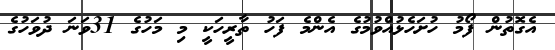
އެގޮތުން ފޯމު ހުށަހެޅުއްވުމުގެ އެންމެ ފަހު ތާރީހަކީ މި މަހުގެ 31ވަނަ ދުވަހުގެ